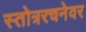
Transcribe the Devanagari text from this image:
स्तोत्ररचनेवर